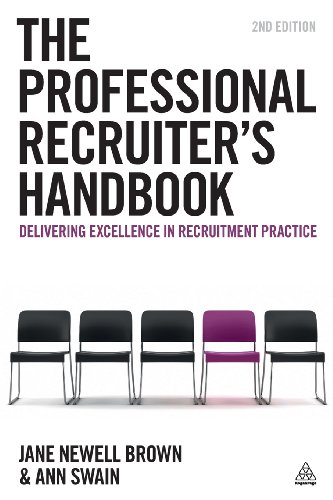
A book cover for The Professional Recruiter's Handbook: Delivering Excellence in Recruitment Practice; Jane Newell Brown; Business & Money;